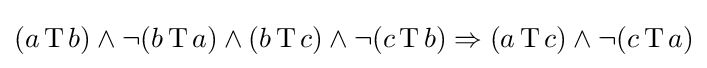
(a\operatorname {T} b)\wedge \neg (b\operatorname {T} a)\wedge (b\operatorname {T} c)\wedge \neg (c\operatorname {T} b)\Rightarrow (a\operatorname {T} c)\wedge \neg (c\operatorname {T} a)